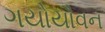
ગયોયૌવન